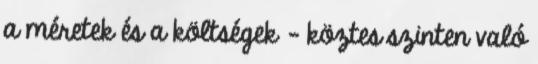
a méretek és a költségek - köztes szinten való